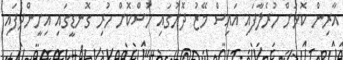
އާރިން ކޮޅަށް ހުރެލާފައި އައިސް މޭޒު ދޮށުގައި ހުސްކޮށް ހުރި ގޮނޑީގައި އިށީންދެފައި